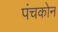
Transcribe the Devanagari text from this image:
पंचकोन